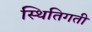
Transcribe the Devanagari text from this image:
स्थितिगती